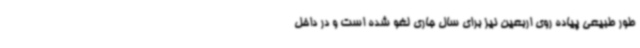
طور طبیعی پیاده روی اربعین نیز برای سال جاری لغو شده است و در داخل